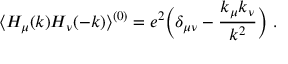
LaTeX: \langle H _ { \mu } ( k ) H _ { \nu } ( - k ) \rangle ^ { ( 0 ) } = e ^ { 2 } \Bigl ( \delta _ { \mu \nu } - { \frac { k _ { \mu } k _ { \nu } } { k ^ { 2 } } } \Bigr ) \ .